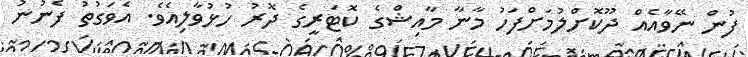
ފުން ނޭވާއެއް ދޫކޮށްލުމަށްފަހު މާނާ މާއިޝްގެ ކޮޓަރީގެ ދޮރު ހުޅުވާލިއެވެ. އެވަގުތު ފެނުނު